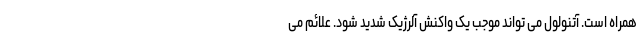
همراه است. آتنولول می تواند موجب یک واکنش آلرژیک شدید شود. علائم می